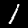
Digit: 1